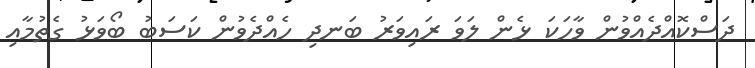
ދަސްކޮއްދެއްވުން ވާހަކަ ޅެން ލަވަ ރައިވަރު ބަނދި ހެއްދެވުން ކަސަބު ބޯވަޅު ގެތުމާއި